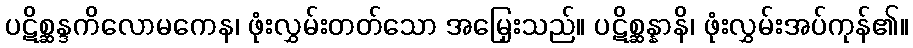
ပဋိစ္ဆန္ဒကိလောမကေန၊ ဖုံးလွှမ်းတတ်သော အမြှေးသည်။ ပဋိစ္ဆန္နာနိ၊ ဖုံးလွှမ်းအပ်ကုန်၏။